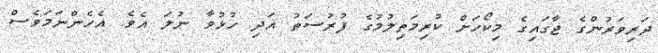
ދަރިވަރުންގެ ޖާގައިގެ މިކޯހަށް ކުރިމަތިލުމުގެ ފުރުސަތު އަދި ހުޅުވާ ނުލަ އެވެ. އެހެންނަމަވެސް